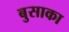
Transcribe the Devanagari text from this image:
बुसाका